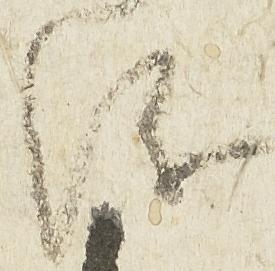
儀